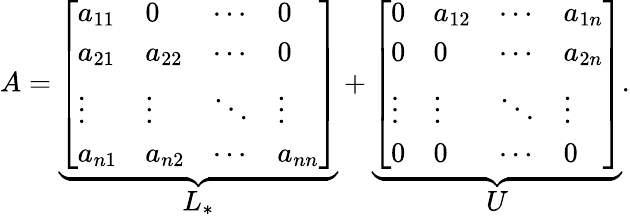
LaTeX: A=\underbrace{\left[\begin{array}{llll}{a_{11}}&{0}&{\cdots}&{0}\\ {a_{21}}&{a_{22}}&{\cdots}&{0}\\ {\vdots}&{\vdots}&{\ddots}&{\vdots}\\ {a_{n1}}&{a_{n2}}&{\cdots}&{a_{nn}}\end{array}\right]}_{\textstyle L_{*}}+\underbrace{\left[\begin{array}{llll}{0}&{a_{12}}&{\cdots}&{a_{1n}}\\ {0}&{0}&{\cdots}&{a_{2n}}\\ {\vdots}&{\vdots}&{\ddots}&{\vdots}\\ {0}&{0}&{\cdots}&{0}\end{array}\right]}_{\textstyle U}.